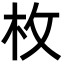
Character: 枚